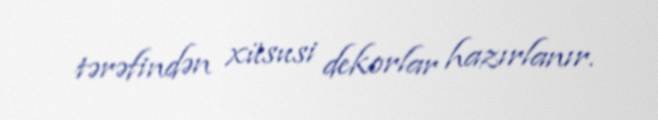
tərəfindən xüsusi dekorlar hazırlanır.